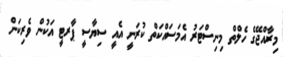
މިރާއްޖޭގެ ހެލްތް މިނިސްޓަރު އެމަސައްކަތް ކުރަނީ އެއީ ސިޔާސީ ޕާރޓީ އަކުން ވެރިކަން